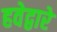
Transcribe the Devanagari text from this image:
हवेद्वारे